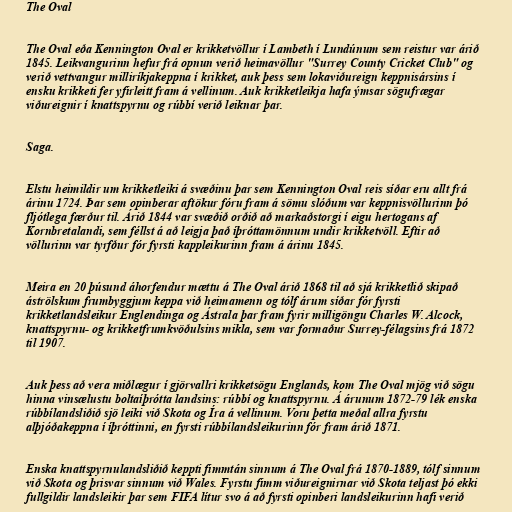
The Oval

The Oval eða Kennington Oval er krikketvöllur í Lambeth í Lundúnum sem reistur var árið
1845. Leikvangurinn hefur frá opnun verið heimavöllur "Surrey County Cricket Club" og
verið vettvangur milliríkjakeppna í krikket, auk þess sem lokaviðureign keppnisársins í
ensku krikketi fer yfirleitt fram á vellinum. Auk krikketleikja hafa ýmsar sögufrægar
viðureignir í knattspyrnu og rúbbí verið leiknar þar.

Saga.

Elstu heimildir um krikketleiki á svæðinu þar sem Kennington Oval reis síðar eru allt frá
árinu 1724. Þar sem opinberar aftökur fóru fram á sömu slóðum var keppnisvöllurinn þó
fljótlega færður til. Árið 1844 var svæðið orðið að markaðstorgi í eigu hertogans af
Kornbretalandi, sem féllst á að leigja það íþróttamönnum undir krikketvöll. Eftir að
völlurinn var tyrfður fór fyrsti kappleikurinn fram á árinu 1845.

Meira en 20 þúsund áhorfendur mættu á The Oval árið 1868 til að sjá krikketlið skipað
áströlskum frumbyggjum keppa við heimamenn og tólf árum síðar fór fyrsti
krikketlandsleikur Englendinga og Ástrala þar fram fyrir milligöngu Charles W. Alcock,
knattspyrnu- og krikketfrumkvöðulsins mikla, sem var formaður Surrey-félagsins frá 1872
til 1907.

Auk þess að vera miðlægur í gjörvallri krikketsögu Englands, kom The Oval mjög við sögu
hinna vinsælustu boltaíþrótta landsins: rúbbí og knattspyrnu. Á árunum 1872-79 lék enska
rúbbílandsliðið sjö leiki við Skota og Íra á vellinum. Voru þetta meðal allra fyrstu
alþjóðakeppna í íþróttinni, en fyrsti rúbbílandsleikurinn fór fram árið 1871.

Enska knattspyrnulandsliðið keppti fimmtán sinnum á The Oval frá 1870-1889, tólf sinnum
við Skota og þrisvar sinnum við Wales. Fyrstu fimm viðureignirnar við Skota teljast þó ekki
fullgildir landsleikir þar sem FIFA lítur svo á að fyrsti opinberi landsleikurinn hafi verið